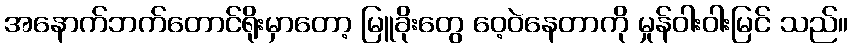
အနောက်ဘက်တောင်ရိုးမှာတော့ မြူခိုးတွေ ဝေ့ဝဲနေတာကို မှုန်ဝါးဝါးမြင် သည်။